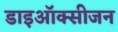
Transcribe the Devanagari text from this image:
डाइऑक्सीजन